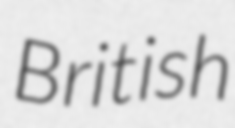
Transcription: British